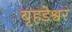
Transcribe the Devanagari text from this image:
बृहडेश्वर